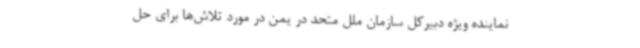
نماینده ویژه دبیرکل سازمان ملل متحد در یمن در مورد تلاش‌ها برای حل